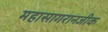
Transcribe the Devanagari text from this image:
महासागरानजीक